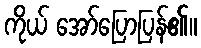
ကိုယ် အော်ပြောပြန်၏။